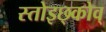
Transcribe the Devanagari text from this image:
स्तोइछ्कोव्